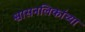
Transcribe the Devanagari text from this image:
श्वासनलिकांच्या